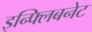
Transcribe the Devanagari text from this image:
इन्फ्लिबनेट